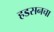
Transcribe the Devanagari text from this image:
हडसनचा